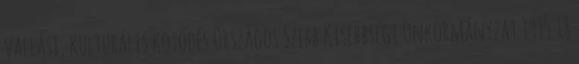
vallási, kulturális kötődés Országos Szerb Kisebbségi Önkormányzat 1995 18